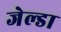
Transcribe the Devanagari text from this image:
जेल्डा